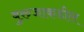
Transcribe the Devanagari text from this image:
बुरुजाकडील